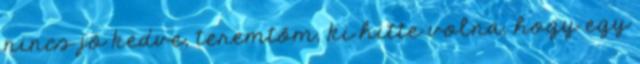
nincs jó kedve, teremtőm, ki hitte volna, hogy egy